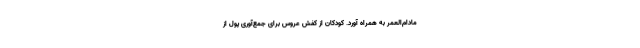
مادام‌العمر به همراه آورد. کودکان از کفش عروس برای جمع‌آوری پول از